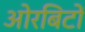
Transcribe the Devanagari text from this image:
ओरबिटों